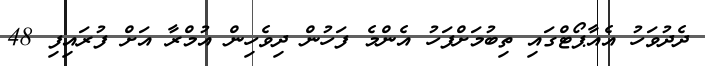
ދެދުވަހު އެއާޕޯޓްގައި ތިބުމަށްފަހު އެންމެ ފަހުން ދިވެހިން އުމްރާ އަށް ފުރައިފި 48